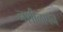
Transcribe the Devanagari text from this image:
नशीलापन